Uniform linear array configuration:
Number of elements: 4
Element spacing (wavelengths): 1
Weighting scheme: exponential
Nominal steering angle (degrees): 15
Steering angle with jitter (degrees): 14.395
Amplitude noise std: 0.05
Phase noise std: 0.05

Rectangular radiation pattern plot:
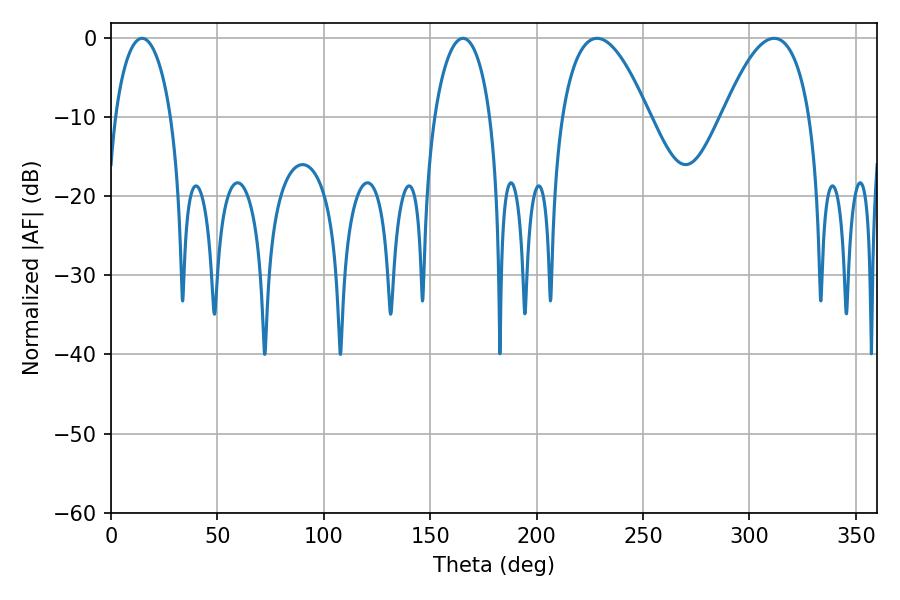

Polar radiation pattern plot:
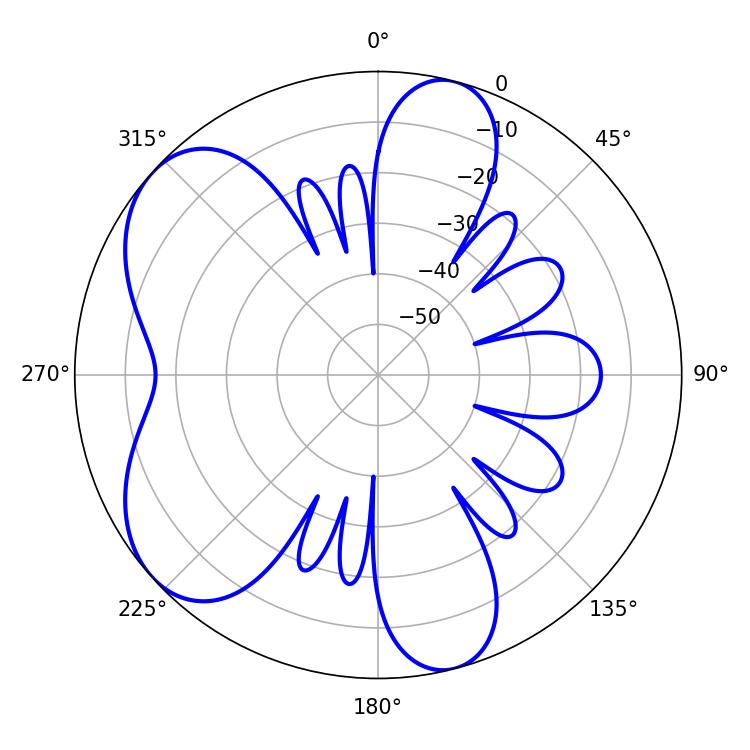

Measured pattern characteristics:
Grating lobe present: TRUE
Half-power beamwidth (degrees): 22.68
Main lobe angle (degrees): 228.42